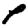
Digit: 1